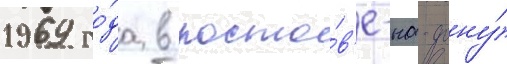
1969 го́да в росто́в'е-на-дону́